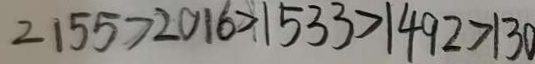
2 1 5 5 > 2 0 1 6 > 1 5 3 3 > 1 4 9 2 > 1 3 0